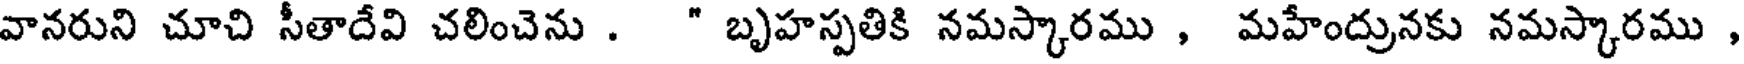
వానరుని చూచి సీతాదేవి చలించెను . " బృహస్పతికి నమస్కారము , మహేంద్రునకు నమస్కారము ,